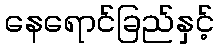
နေရောင်ခြည်နှင့်